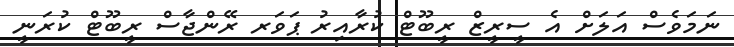
ނަމަވެސް އަލަށް އެ ސީރީޒް ރީބޫޓް ކުރާއިރު ޕަވަރ ރޭންޖާސް ރީބޫޓް ކުރަނީ